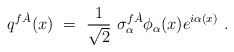
\begin{align*}q^{f\dot A}(x)\ =\ \frac1{\sqrt2}\ \sigma^{f\dot A}_\alpha\phi_\alpha(x) e^{i\alpha(x)}\ .\end{align*}